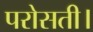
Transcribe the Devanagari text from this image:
परोसती।